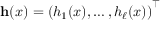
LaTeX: \mathbf { h } ( x ) = \left( h _ { 1 } ( x ) , \ldots , h _ { \ell } ( x ) \right) ^ { \top }